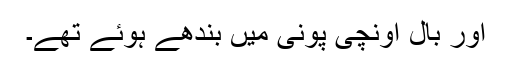
اور بال اونچی پونی میں بندھے ہوئے تھے۔